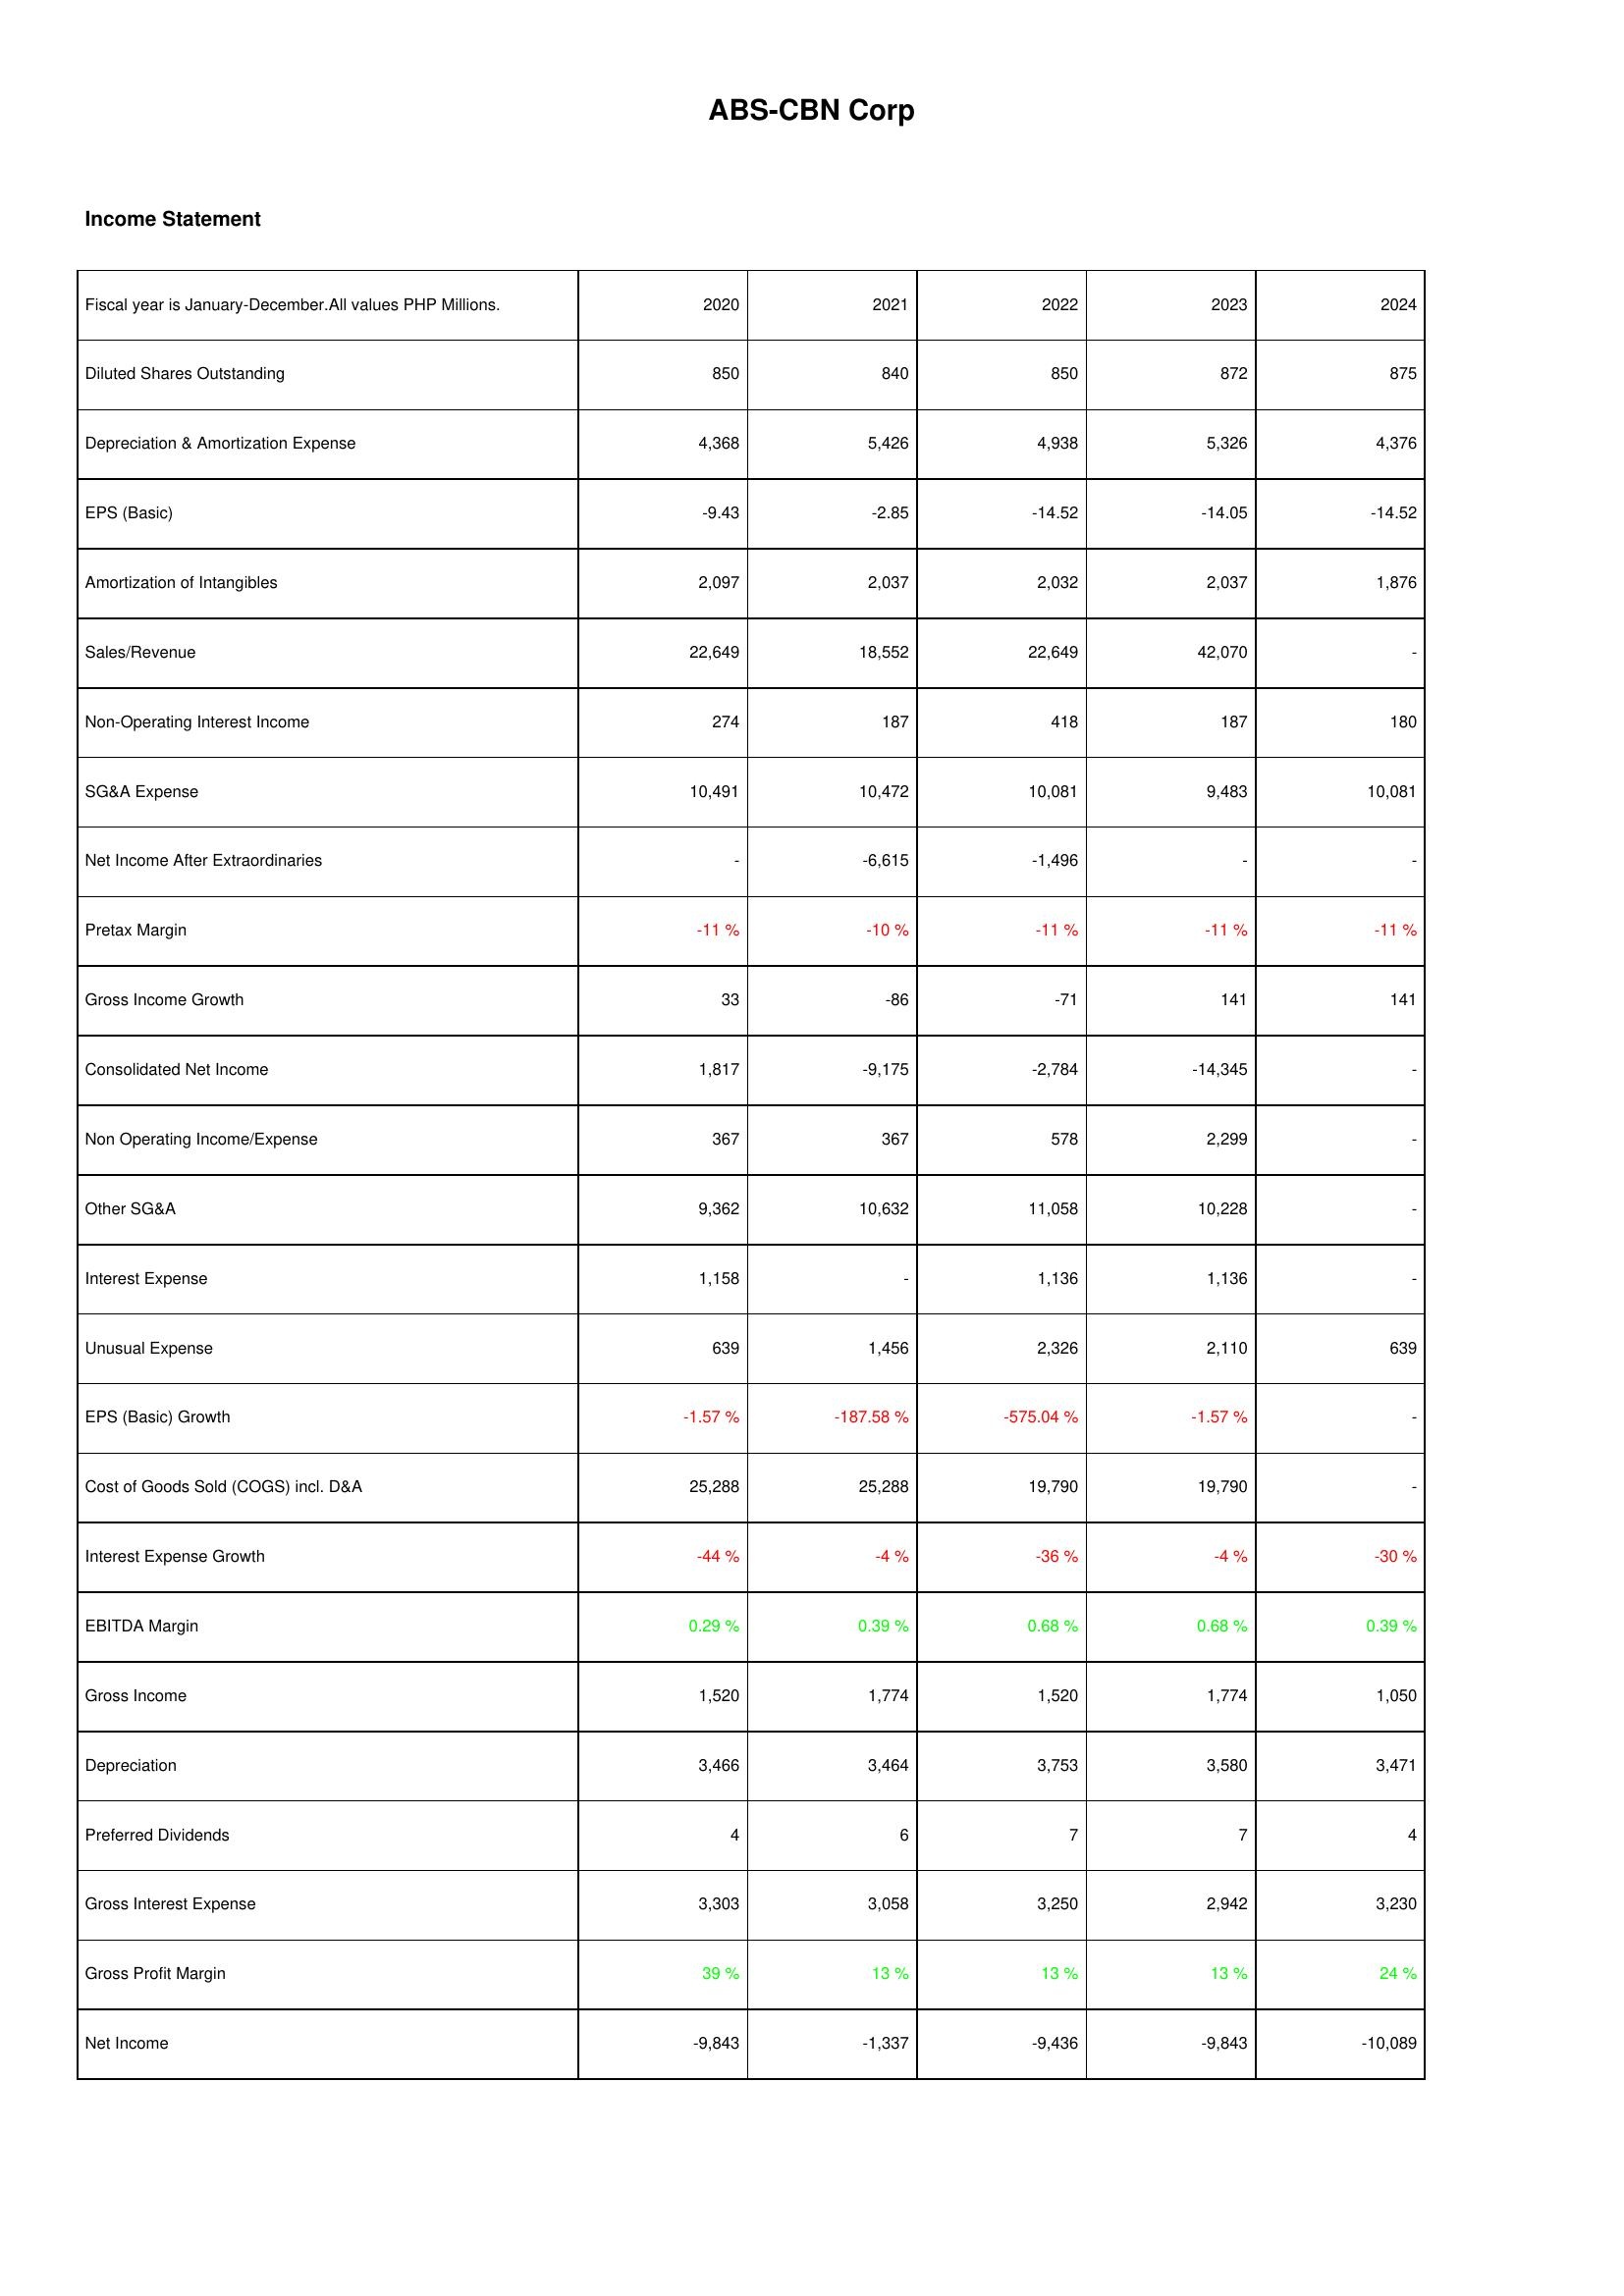
2020: Income Statement: Diluted Shares Outstanding: 850
Depreciation & Amortization Expense: 4,368
EPS (Basic): -9.43
Amortization of Intangibles: 2,097
Sales/Revenue: 22,649
Non-Operating Interest Income: 274
SG&A Expense: 10,491
Net Income After Extraordinaries: -
Pretax Margin: -11 %
Gross Income Growth: 33
Consolidated Net Income: 1,817
Non Operating Income/Expense: 367
Other SG&A: 9,362
Interest Expense: 1,158
Unusual Expense: 639
EPS (Basic) Growth: -1.57 %
Cost of Goods Sold (COGS) incl. D&A: 25,288
Interest Expense Growth: -44 %
EBITDA Margin: 0.29 %
Gross Income: 1,520
Depreciation: 3,466
Preferred Dividends: 4
Gross Interest Expense: 3,303
Gross Profit Margin: 39 %
Net Income: -9,843
2021: Income Statement: Diluted Shares Outstanding: 840
Depreciation & Amortization Expense: 5,426
EPS (Basic): -2.85
Amortization of Intangibles: 2,037
Sales/Revenue: 18,552
Non-Operating Interest Income: 187
SG&A Expense: 10,472
Net Income After Extraordinaries: -6,615
Pretax Margin: -10 %
Gross Income Growth: -86
Consolidated Net Income: -9,175
Non Operating Income/Expense: 367
Other SG&A: 10,632
Interest Expense: -
Unusual Expense: 1,456
EPS (Basic) Growth: -187.58 %
Cost of Goods Sold (COGS) incl. D&A: 25,288
Interest Expense Growth: -4 %
EBITDA Margin: 0.39 %
Gross Income: 1,774
Depreciation: 3,464
Preferred Dividends: 6
Gross Interest Expense: 3,058
Gross Profit Margin: 13 %
Net Income: -1,337
2022: Income Statement: Diluted Shares Outstanding: 850
Depreciation & Amortization Expense: 4,938
EPS (Basic): -14.52
Amortization of Intangibles: 2,032
Sales/Revenue: 22,649
Non-Operating Interest Income: 418
SG&A Expense: 10,081
Net Income After Extraordinaries: -1,496
Pretax Margin: -11 %
Gross Income Growth: -71
Consolidated Net Income: -2,784
Non Operating Income/Expense: 578
Other SG&A: 11,058
Interest Expense: 1,136
Unusual Expense: 2,326
EPS (Basic) Growth: -575.04 %
Cost of Goods Sold (COGS) incl. D&A: 19,790
Interest Expense Growth: -36 %
EBITDA Margin: 0.68 %
Gross Income: 1,520
Depreciation: 3,753
Preferred Dividends: 7
Gross Interest Expense: 3,250
Gross Profit Margin: 13 %
Net Income: -9,436
2023: Income Statement: Diluted Shares Outstanding: 872
Depreciation & Amortization Expense: 5,326
EPS (Basic): -14.05
Amortization of Intangibles: 2,037
Sales/Revenue: 42,070
Non-Operating Interest Income: 187
SG&A Expense: 9,483
Net Income After Extraordinaries: -
Pretax Margin: -11 %
Gross Income Growth: 141
Consolidated Net Income: -14,345
Non Operating Income/Expense: 2,299
Other SG&A: 10,228
Interest Expense: 1,136
Unusual Expense: 2,110
EPS (Basic) Growth: -1.57 %
Cost of Goods Sold (COGS) incl. D&A: 19,790
Interest Expense Growth: -4 %
EBITDA Margin: 0.68 %
Gross Income: 1,774
Depreciation: 3,580
Preferred Dividends: 7
Gross Interest Expense: 2,942
Gross Profit Margin: 13 %
Net Income: -9,843
2024: Income Statement: Diluted Shares Outstanding: 875
Depreciation & Amortization Expense: 4,376
EPS (Basic): -14.52
Amortization of Intangibles: 1,876
Sales/Revenue: -
Non-Operating Interest Income: 180
SG&A Expense: 10,081
Net Income After Extraordinaries: -
Pretax Margin: -11 %
Gross Income Growth: 141
Consolidated Net Income: -
Non Operating Income/Expense: -
Other SG&A: -
Interest Expense: -
Unusual Expense: 639
EPS (Basic) Growth: -
Cost of Goods Sold (COGS) incl. D&A: -
Interest Expense Growth: -30 %
EBITDA Margin: 0.39 %
Gross Income: 1,050
Depreciation: 3,471
Preferred Dividends: 4
Gross Interest Expense: 3,230
Gross Profit Margin: 24 %
Net Income: -10,089